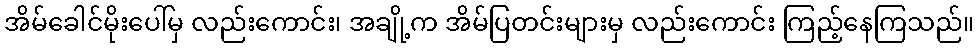
အိမ်ခေါင်မိုးပေါ်မှ လည်းကောင်း၊ အချို့က အိမ်ပြတင်းများမှ လည်းကောင်း ကြည့်နေကြသည်။